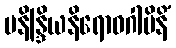
မနိန္ဒြိယနိရောဓဂါမိနိံ